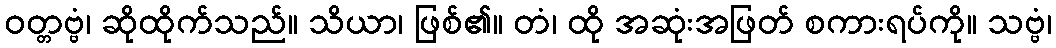
ဝတ္တဗ္ဗံ၊ ဆိုထိုက်သည်။ သိယာ၊ ဖြစ်၏။ တံ၊ ထို အဆုံးအဖြတ် စကားရပ်ကို။ သဗ္ဗံ၊